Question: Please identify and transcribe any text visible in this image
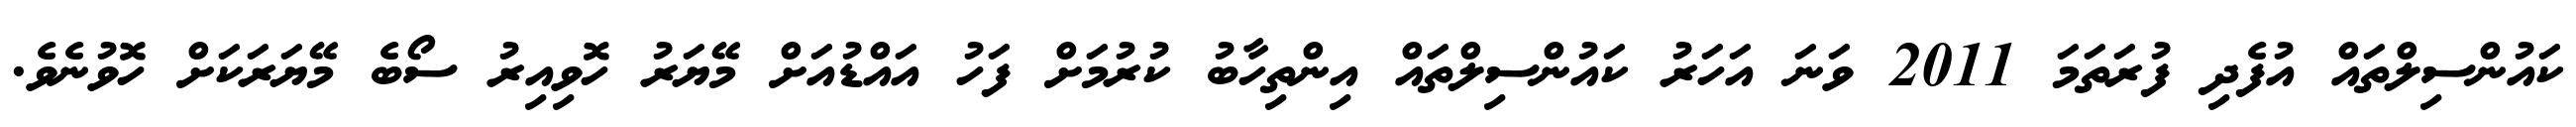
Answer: ކައުންސިލްތައް އުފެދި ފުރަތަމަ 2011 ވަނަ އަހަރު ކައުންސިލްތައް އިންތިހާބު ކުރުމަށް ފަހު އައްޑުއަށް މޭޔަރު ހޮވިއިރު ސޯބެ މޭޔަރަކަށް ހޮވުނެވެ.